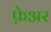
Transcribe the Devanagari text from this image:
फ़ेअर